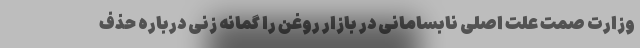
وزارت صمت علت اصلی نابسامانی در بازار روغن را گمانه زنی درباره حذف